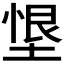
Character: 𭏂